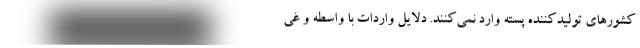
کشورهای تولیدکننده پسته وارد نمی‌کنند. دلایل واردات با واسطه و غی